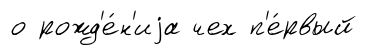
о рожд'е́н'иjа чех п'е́рвый